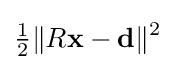
{\tfrac {1}{2}}\|R\mathbf {x} -\mathbf {d} \|^{2}